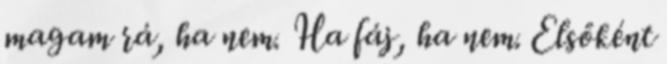
magam rá, ha nem. Ha fáj, ha nem. Elsőként